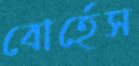
বোর্হেস